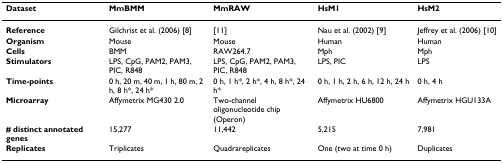
<table><thead><tr><td><b>Dataset</b></td><td><b>MmBMM</b></td><td><b>MmRAW</b></td><td><b>HsM1</b></td><td><b>HsM2</b></td></tr></thead><tbody><tr><td><b>Reference</b></td><td>Gilchrist et al. (2006) [8]</td><td>[11]</td><td>Nau et al. (2002) [9]</td><td>Jeffrey et al. (2006) [10]</td></tr><tr><td><b>Organism</b></td><td>Mouse</td><td>Mouse</td><td>Human</td><td>Human</td></tr><tr><td><b>Cells</b></td><td>BMM</td><td>RAW264.7</td><td>Mph</td><td>Mph</td></tr><tr><td><b>Stimulators</b></td><td>LPS, CpG, PAM2, PAM3, PIC, R848</td><td>LPS, CpG, PAM2, PAM3, PIC, R848</td><td>LPS, PIC</td><td>LPS</td></tr><tr><td><b>Time-points</b></td><td>0 h, 20 m, 40 m, 1 h, 80 m, 2 h, 8 h*, 24 h*</td><td>0 h, 1 h*, 2 h*, 4 h, 8 h*, 24 h*</td><td>0 h, 1 h, 2 h, 6 h, 12 h, 24 h</td><td>0 h, 4 h</td></tr><tr><td><b>Microarray</b></td><td>Affymetrix MG430 2.0</td><td>Two-channel oligonucleotide chip (Operon)</td><td>Affymetrix HU6800</td><td>Affymetrix HGU133A</td></tr><tr><td><b># distinct annotated genes</b></td><td>15,277</td><td>11,442</td><td>5,215</td><td>7,981</td></tr><tr><td><b>Replicates</b></td><td>Triplicates</td><td>Quadrareplicates</td><td>One (two at time 0 h)</td><td>Duplicates</td></tr></tbody></table>